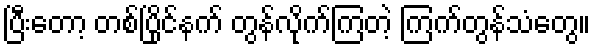
ပြီးတော့ တစ်ပြိုင်နက် တွန်လိုက်ကြတဲ့ ကြက်တွန်သံတွေ။